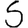
Digit: 5